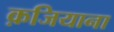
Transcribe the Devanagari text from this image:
क़जियाना